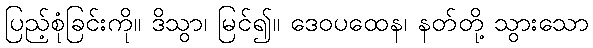
ပြည့်စုံခြင်းကို။ ဒိသွာ၊ မြင်၍။ ဒေဝပထေန၊ နတ်တို့ သွားသော